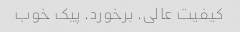
کیفیت عالی. برخورد. پیک خوب